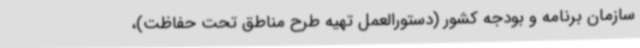
سازمان برنامه ‌و بودجه کشور (دستورالعمل تهیه طرح مناطق تحت حفاظت)،